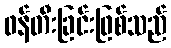
ဖန်တီးခြင်းဖြစ်သည်